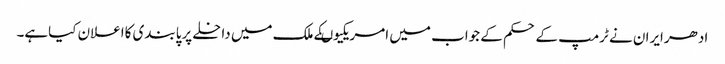
ادھرایران نے ٹرمپ کے حکم کے جواب میں امریکیوںکے ملک میں داخلے پرپابندی کااعلان کیاہے۔